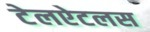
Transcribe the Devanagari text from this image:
टेलऐटलस